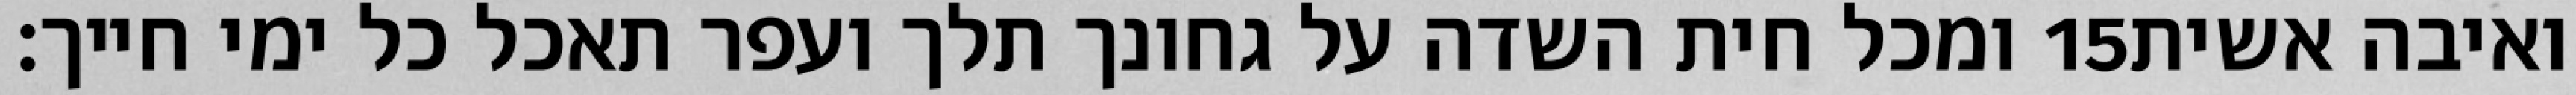
ומכל חית השדה על גחונך תלך ועפר תאכל כל ימי חייך׃ ‎15‏ ואיבה אשית